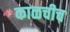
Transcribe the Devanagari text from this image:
काळचीच